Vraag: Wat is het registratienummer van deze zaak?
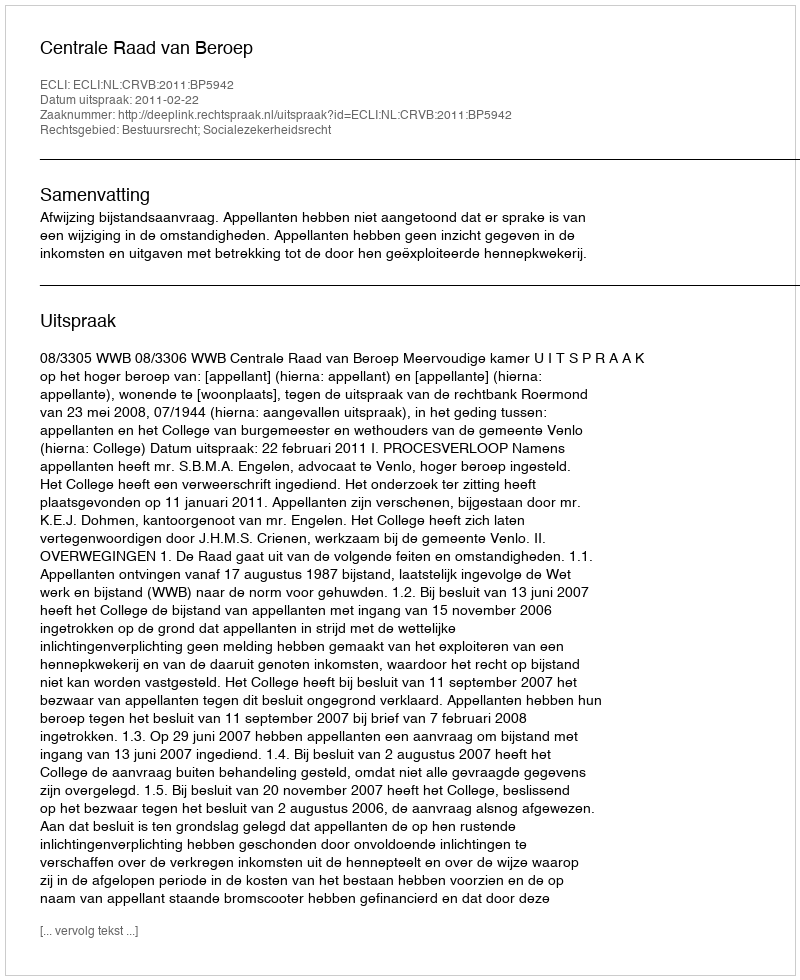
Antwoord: http://deeplink.rechtspraak.nl/uitspraak?id=ECLI:NL:CRVB:2011:BP5942